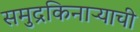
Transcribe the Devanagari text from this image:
समुद्रकिनाऱ्याची